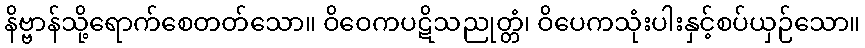
နိဗ္ဗာန်သို့ရောက်စေတတ်သော။ ဝိဝေကပဋိသညုတ္တံ၊ ဝိပေကသုံးပါးနှင့်စပ်ယှဉ်သော။